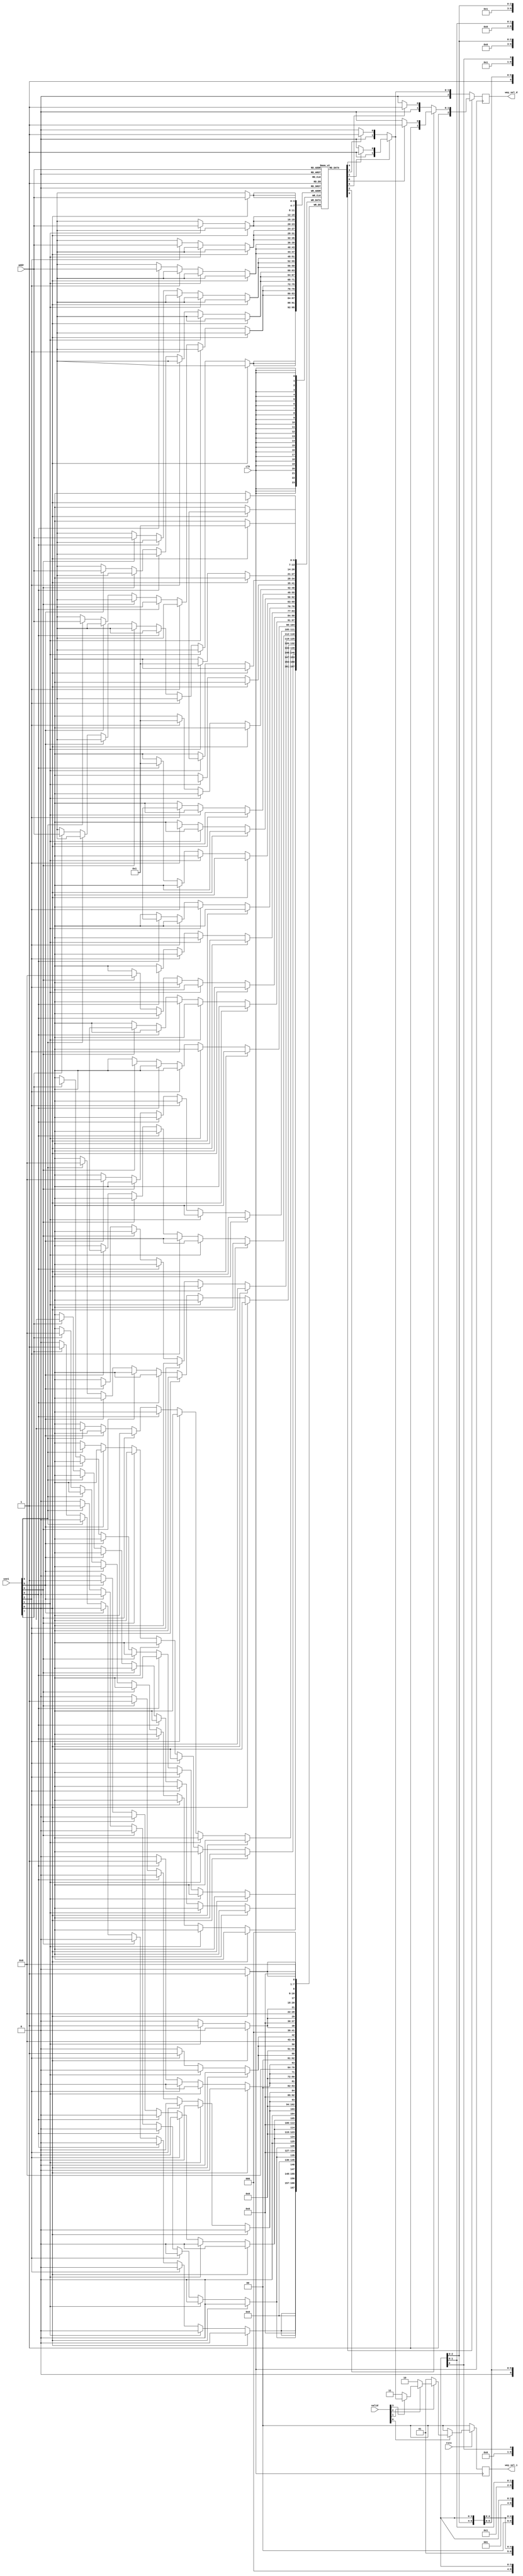
`timescale 1ns / 1ps
//////////////////////////////////////////////////////////////////////////////////
// Company: 
// Engineer: 
// 
// Design Name: 
// Module Name: Dache_lru
// Project Name: 
// Target Devices: 
// Tool Versions: 
// Description: 
// 
// Dependencies: 
// 
// Revision:
// Revision 0.01 - File Created
// Additional Comments:
// 
//////////////////////////////////////////////////////////////////////////////////


module L2cache_replace#(//PLRU
    parameter   addr_width=4,
                way=8
)
(
    input       clk,rstn,
    input       [way-1:0]use1,
    input       [way-1:0]valid,

    input       [addr_width-1:0]addr,//
    output      [2:0]way_sel_d,
    output      [1:0]way_sel_i
    );
reg [6:0]record[(1<<addr_width)-1:0];
reg [2:0]d;
reg [1:0]i;
assign way_sel_d = d;
assign way_sel_i = i;
//d_sel
always @(posedge clk) begin
    if(!rstn)d <= 0;
    else if(!valid[7])d <= 3'd7;
    else if(!valid[6])d <= 3'd6;
    else if(!valid[5])d <= 3'd5;
    else if(!valid[4])d <= 3'd4;
    else if(!valid[3])d <= 3'd3;
    else if(!valid[2])d <= 3'd2;
    else if(!valid[1])d <= 3'd1;
    else if(!valid[0])d <= 3'd0;
    if(!record[addr][0])begin
        if(!record[addr][1])begin
            if(!record[addr][3])d <= 3'd0;
            else d <= 3'd1;
        end
        else begin
            if(!record[addr][4])d <= 3'd2;
            else d <= 3'd3;
        end
    end
    else begin
        if(!record[addr][2])begin
            if(!record[addr][5])d <= 3'd4;
            else d <= 3'd5;
        end
        else begin
            if(!record[addr][6])d <= 3'd6;
            else d <= 3'd7;
        end
    end
end
//i_sel
always @(posedge clk) begin
    if(!rstn)i <= 0;
    else if(!valid[0])i <= 2'd0;
    else if(!valid[1])i <= 2'd1;
    else if(!valid[2])i <= 2'd2;
    else if(!valid[3])i <= 2'd3;
    else begin
        if(!record[addr][1])begin
            if(!record[addr][3])i <= 2'd0;
            else i <= 2'd1;
        end
        else begin
            if(!record[addr][4])i <= 2'd2;
            else i <= 2'd3;
        end
    end
end
//Write
always @(posedge clk) begin
    if(use1[0])begin
        record[addr][0] <= 1'b1;
        record[addr][1] <= 1'b1;
        record[addr][3] <= 1'b1;
    end
    else if(use1[1])begin
        record[addr][0] <= 1'b1;
        record[addr][1] <= 1'b1;
        record[addr][3] <= 1'b0;
    end
    else if(use1[2])begin
        record[addr][0] <= 1'b1;
        record[addr][1] <= 1'b0;
        record[addr][4] <= 1'b1;
    end
    else if(use1[3])begin
        record[addr][0] <= 1'b1;
        record[addr][1] <= 1'b0;
        record[addr][4] <= 1'b0;
    end
    else if(use1[4])begin
        record[addr][0] <= 1'b0;
        record[addr][2] <= 1'b1;
        record[addr][5] <= 1'b1;
    end
    else if(use1[5])begin
        record[addr][0] <= 1'b0;
        record[addr][2] <= 1'b1;
        record[addr][5] <= 1'b0;
    end
    else if(use1[6])begin
        record[addr][0] <= 1'b0;
        record[addr][2] <= 1'b0;
        record[addr][6] <= 1'b1;
    end
    else if(use1[7])begin
        record[addr][0] <= 1'b0;
        record[addr][2] <= 1'b0;
        record[addr][6] <= 1'b0;
    end
end
    integer ii;
    initial begin
        for (ii = 0; ii < (1 << addr_width); ii = ii + 1) begin
            record[ii] = 0;
        end
    end
endmodule